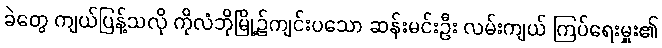
ခဲတွေ ကျယ်ပြန့်သလို ကိုလံဘိုမြို့၌ကျင်းပသော ဆန်းမင်းဦး လမ်းကျယ် ကြပ်ရေးမှူး၏